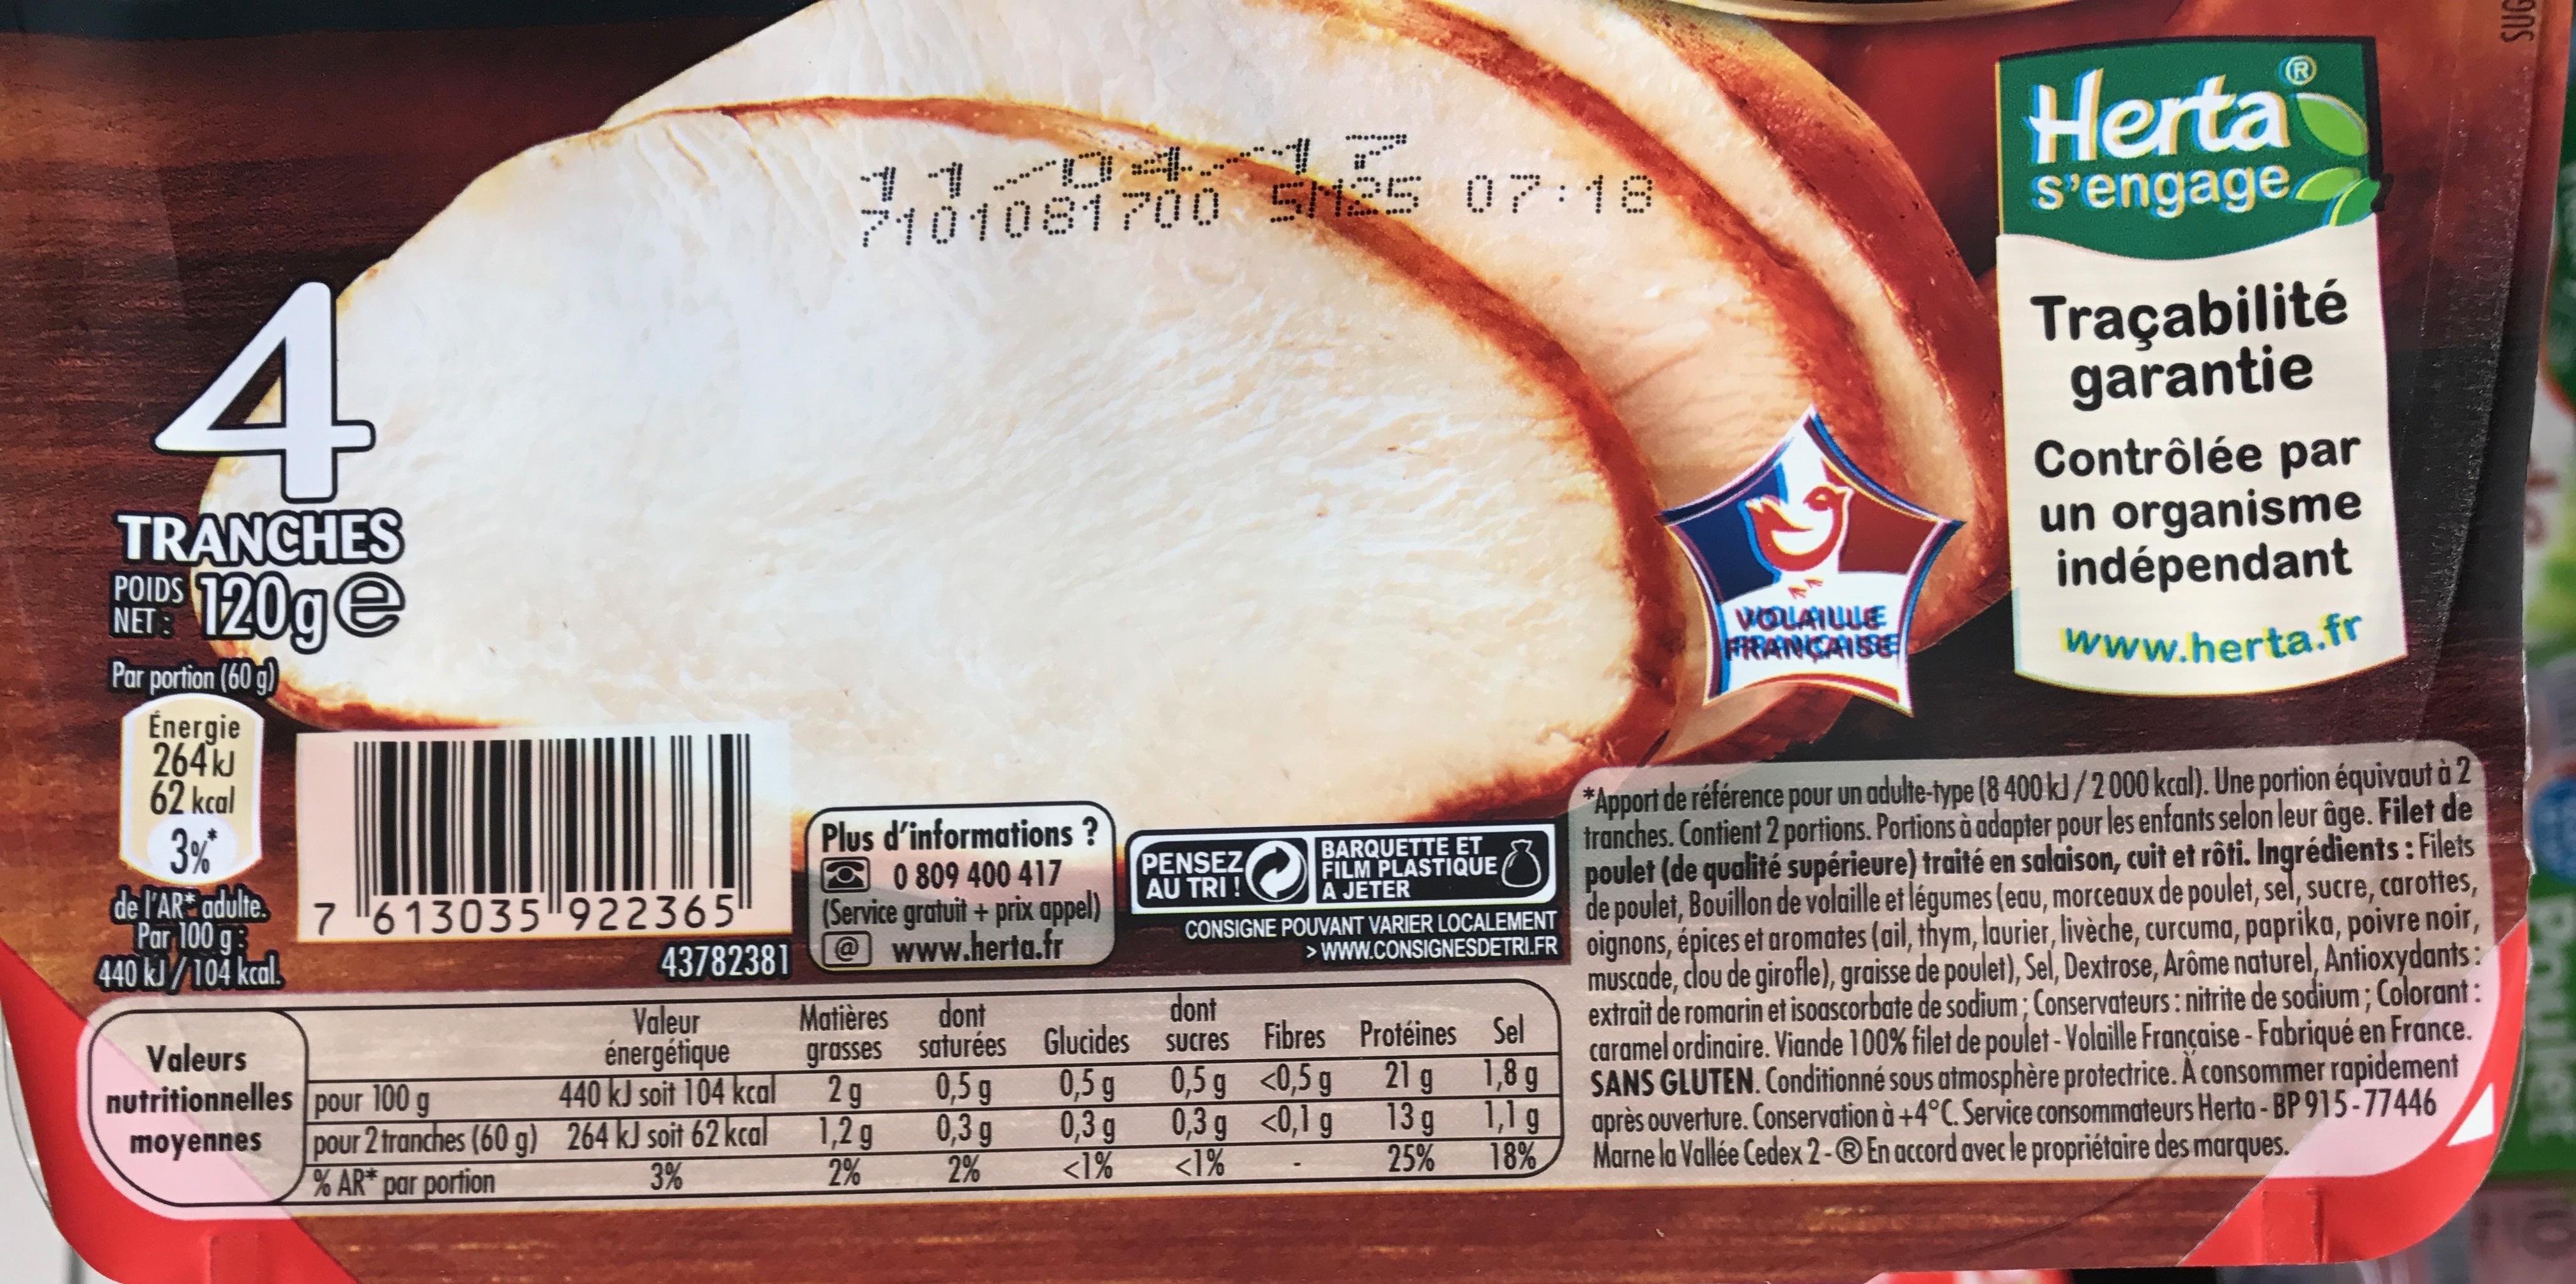
4
TRANCHES
120ge
POIDS NET:
Par portion (60 g)
Énergie 264kJ
62 kcal
3%*
de l'AR* adulte. 7613035 922365′ Par 100 g:
43782381
440 kJ/104 kcal.
Valeur énergétique
440 kJ soit 104 kcal
pour 2 tranches (60 g) 264 kJ soit 62 kcal 3%
% AR* par portion
Valeurs
nutritionnelles pour 100 g moyennes
11.
2
7101081700 525 07:18
Plus d'informations ?
0 809 400 417 (Service gratuit + prix appel) @www.herta.fr
Matières dont
grasses saturées
2g
1,2 g
2%
0,5 g
0,3 g
2%
Glucides
0,5 g
0,3 g
<1%
BARQUETTE ET FILM PLASTIQUE A JETER
CONSIGNE POUVANT VARIER LOCALEMENT >WWW.CONSIGNESDETRI.FR
PENSEZ AU TRI!
dont
sucres
0,5 g
0,3 g
<1%
Fibres
<0,5 g
<0,1 g
Protéines Sel 21 g 1,8 g
13g
1,1g
25%
18%
VOLAILLE FRANÇAISE
Herta
s'engage
Ⓡ
Traçabilité garantie Contrôlée par un organisme indépendant
www.herta.fr
*Apport de référence pour un adulte-type (8400 kJ/2000 kcal). Une portion équivaut à 2 tranches. Contient 2 portions. Portions à adapter pour les enfants selon leur âge. Filet de poulet (de qualité supérieure) traité en salaison, cuit et rôti. Ingrédients: Filets de poulet, Bouillon de volaille et légumes (eau, morceaux de poulet, sel, sucre, carottes, oignons, épices et aromates (ail, thym, laurier, livèche, curcuma, paprika, poivre noir, muscade, clou de girofle), graisse de poulet), Sel, Dextrose, Arôme naturel, Antioxydants: extrait de romarin et isoascorbate de sodium; Conservateurs: nitrite de sodium; Colorant: caramel ordinaire. Viande 100% filet de poulet - Volaille Française - Fabriqué en France. SANS GLUTEN. Conditionné sous atmosphère protectrice. A consommer rapidement après ouverture. Conservation à +4°C. Service consommateurs Herta-BP 915-77446 Marne la Vallée Cedex 2-® En accord avec le propriétaire des marques.
Ons